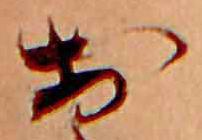
お